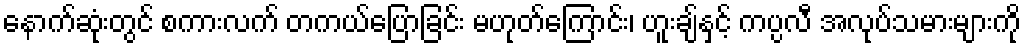
နောက်ဆုံးတွင် စကားလက် တကယ်ပြောခြင်း မဟုတ်ကြောင်း၊ ဟူးချ်နှင့် ကပ္ပလီ အလုပ်သမားများကို